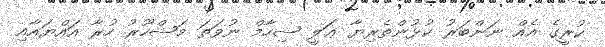
ކުރީގެ އެއް ނަންބަރު ކުޅުންތެރިޔާ ޢަލީ ޝިހާމް ނުވަތަ މަޝްހޫރު ހުރާ އައްޔައާއި